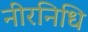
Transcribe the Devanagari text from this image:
नीरनिधि